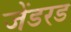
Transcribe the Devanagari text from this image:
जेंडरड